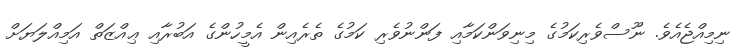
ނިމިއްޖެއެވެ. ނޫސްވެރިކަމުގެ މިނިވަންކަމާއި ފަންނުވެރި ކަމުގެ ތެރެއިން އެމީހުންގެ އަބުރާއި ޢިއްޒަތް އަމިއްލަޔަށް